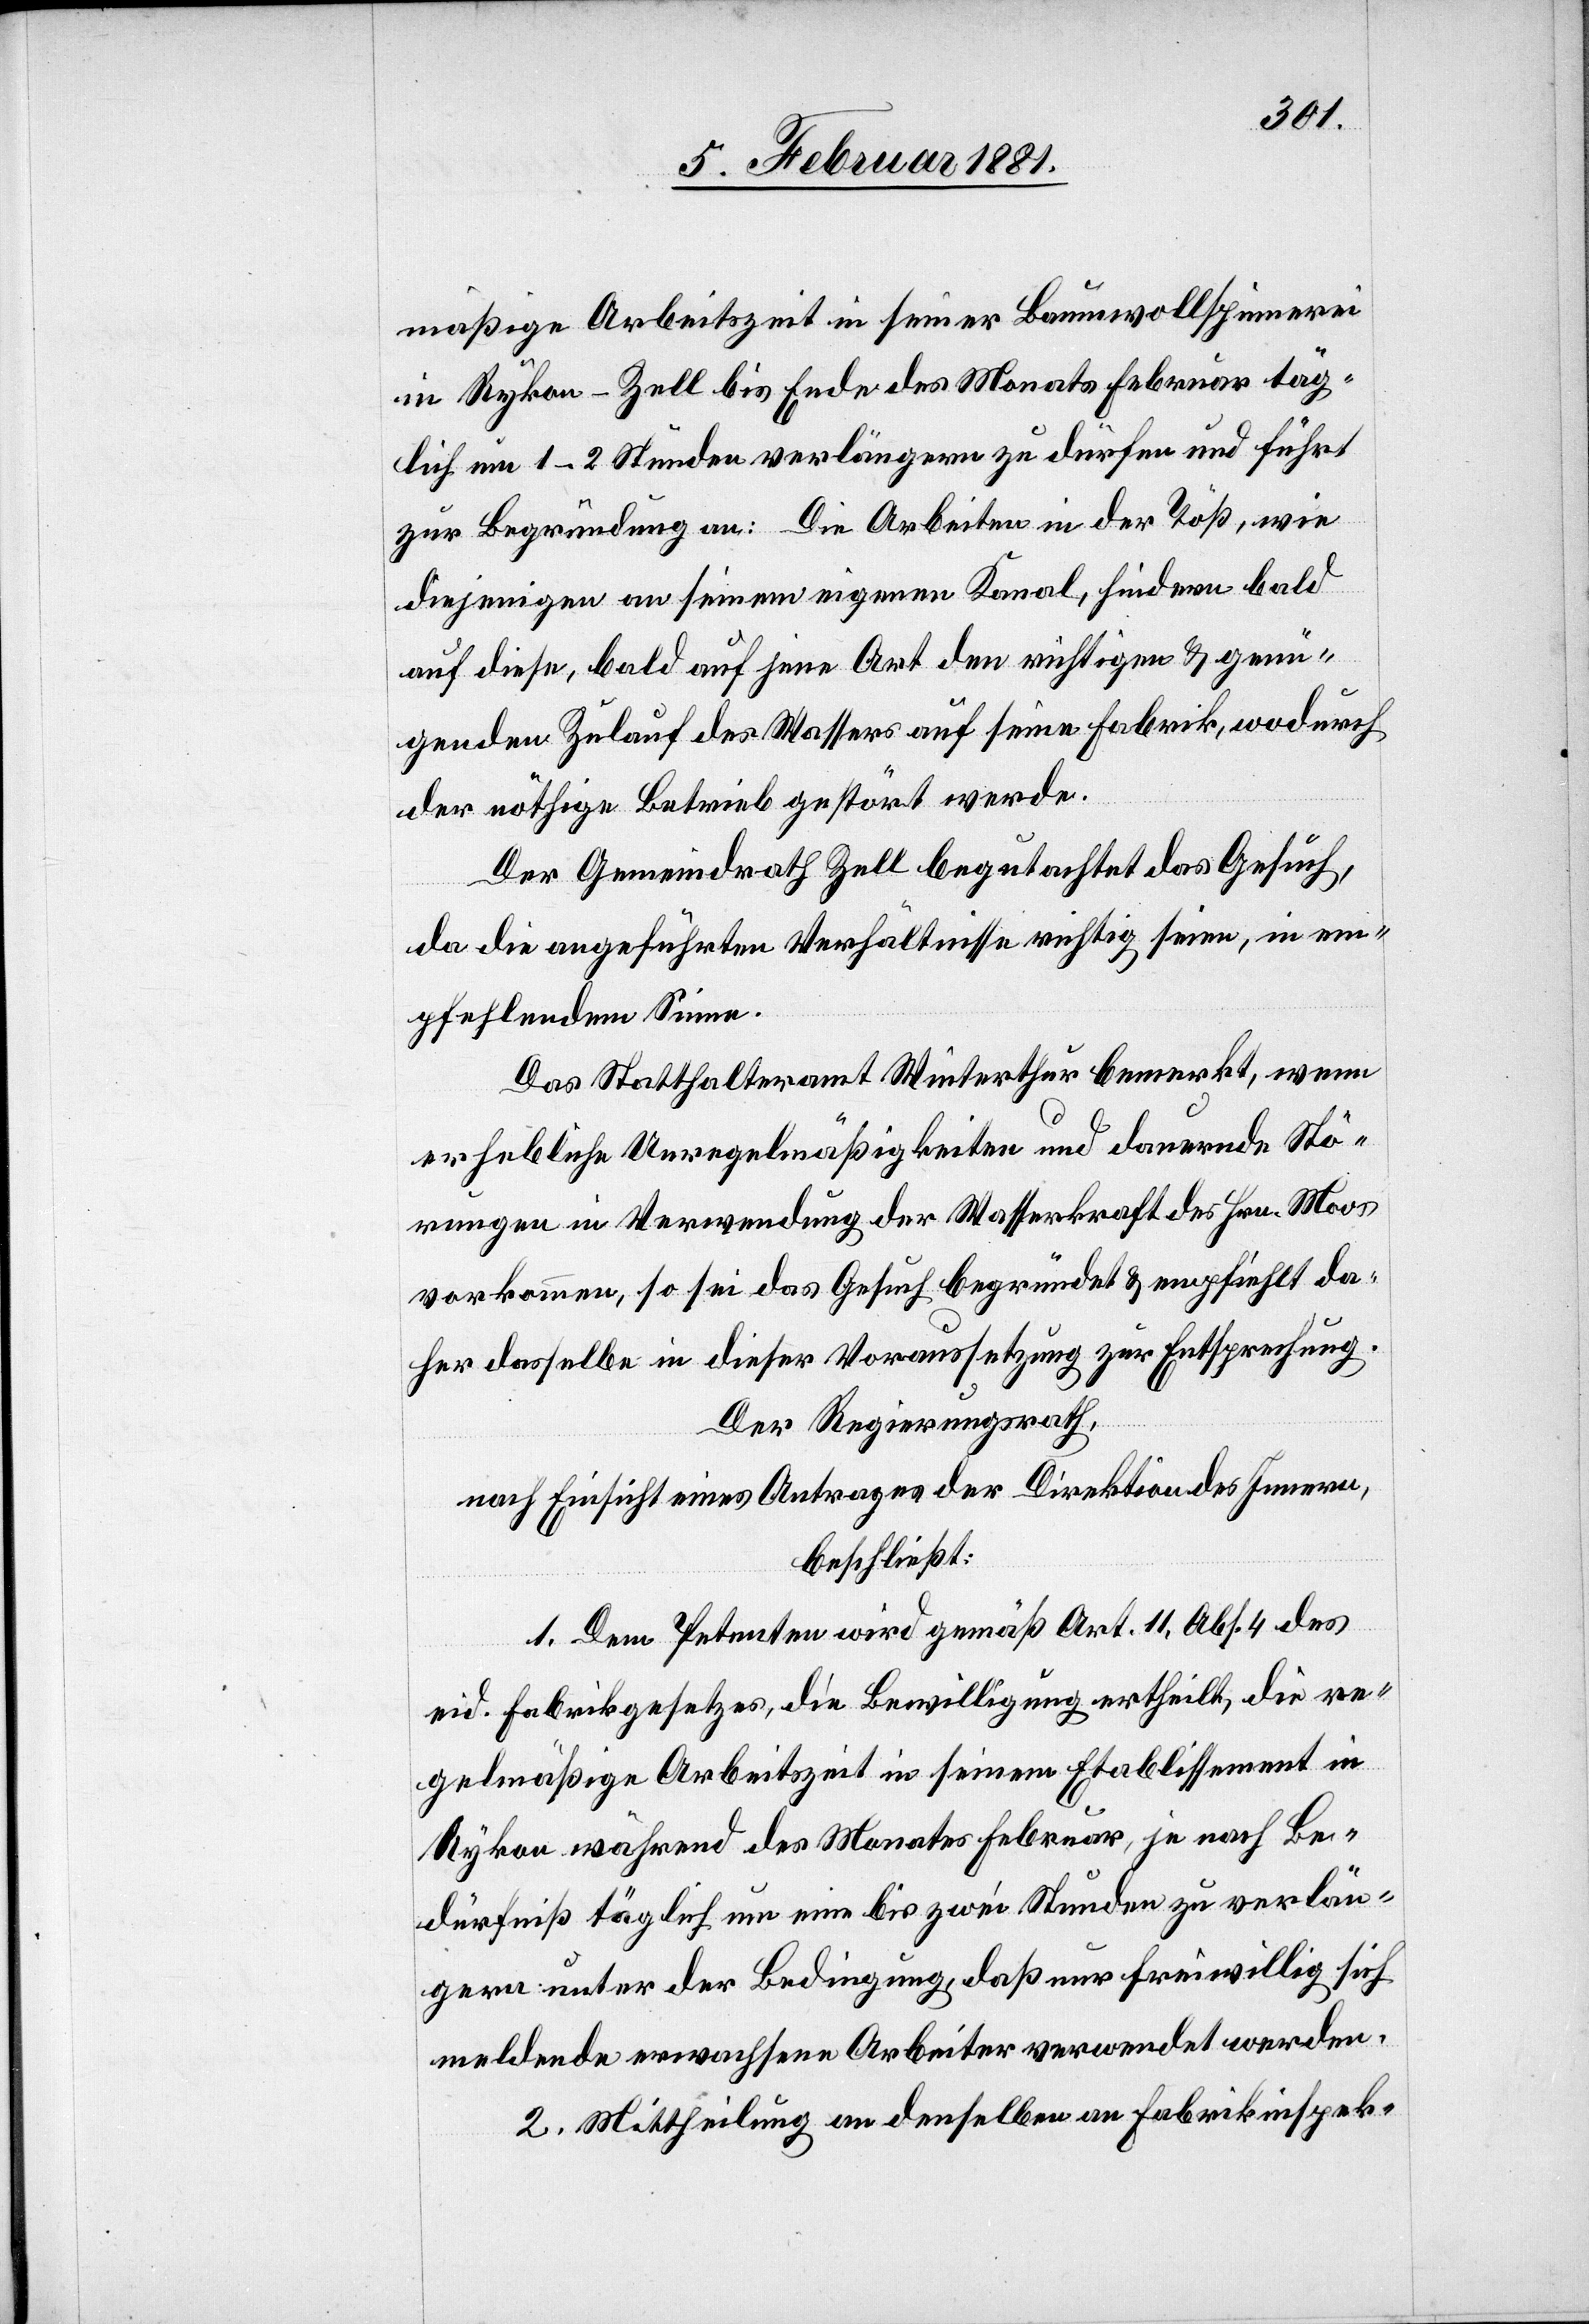
mäßige Arbeitszeit in seiner Baumwollspinnerei
in Rykon - Zell bis Ende des Monats Februar täg¬
lich um 1–2 Stunden verlängern zu dürfen und führt
zur Begründung an: Die Arbeiten in der Töß, wie
diejenigen an seinem eigenen Kanal, hindern bald
auf diese, bald auf jene Art den richtigen & genü¬
genden Zulauf des Wassers auf seine Fabrik, wodurch
der nöthige Betrieb gestört werde.
Der Gemeindrath Zell begutachtet das Gesuch,
da die angeführten Verhältnisse richtig seien, ein em¬
pfehlendem Sinne.
Das Statthalteramt Winterthur bemerkt, wenn
erhebliche Unregelmäßigkeiten und dauernde Stö¬
rungen in Verwendung der Wasserkraft des Hrn. Moos
vorkommen, so sei das Gesuch begründet & empfiehlt da¬
her dasselbe in dieser Voraussetzung zur Entsprechung.
Der Regierungsrath,
nach Einsicht eines Antrages der Direktion des Innern,
beschließt:
1. Dem Petenten wird gemäß Art. 11, Abs. 4 des
eid. Fabrikgesetzes, die Bewilligung ertheilt, die re¬
gelmäßige Arbeitszeit in seinem Etablissement in
Rykon während des Monats Februar, je nach Be¬
dürfniß täglich um eine bis zwei Stunden zu verlän¬
gern unter der Bedingung, daß nur freiwillig sich
meldende erwachsene Arbeiter verwendet werden.
2. Mittheilung an denselben an Fabrikinspek-